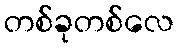
တစ်ခုတစ်လေ